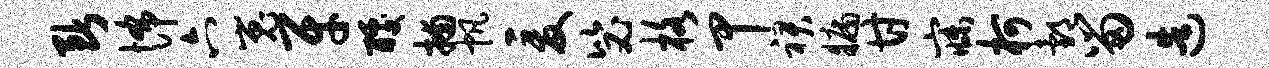
断怖六嵬牙醵捕帆爰毖格甲裙牖甘寐柯邰留造